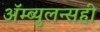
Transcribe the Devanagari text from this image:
ॲम्ब्युलन्सही